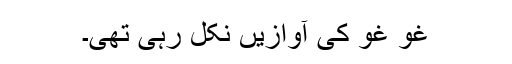
غو غو کی آوازیں نکل رہی تھی۔